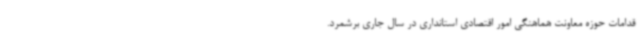
قدامات حوزه معاونت هماهنگی امور اقتصادی استانداری در سال جاری برشمرد.